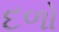
દળો